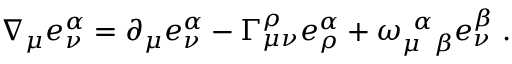
\nabla _ { \mu } e _ { \nu } ^ { \alpha } = \partial _ { \mu } e _ { \nu } ^ { \alpha } - \Gamma _ { \mu \nu } ^ { \rho } e _ { \rho } ^ { \alpha } + \omega _ { \mu \; \; \beta } ^ { \; \, \alpha } e _ { \nu } ^ { \beta } \; .